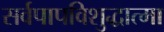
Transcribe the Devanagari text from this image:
सर्वपापविशुद्धात्मा